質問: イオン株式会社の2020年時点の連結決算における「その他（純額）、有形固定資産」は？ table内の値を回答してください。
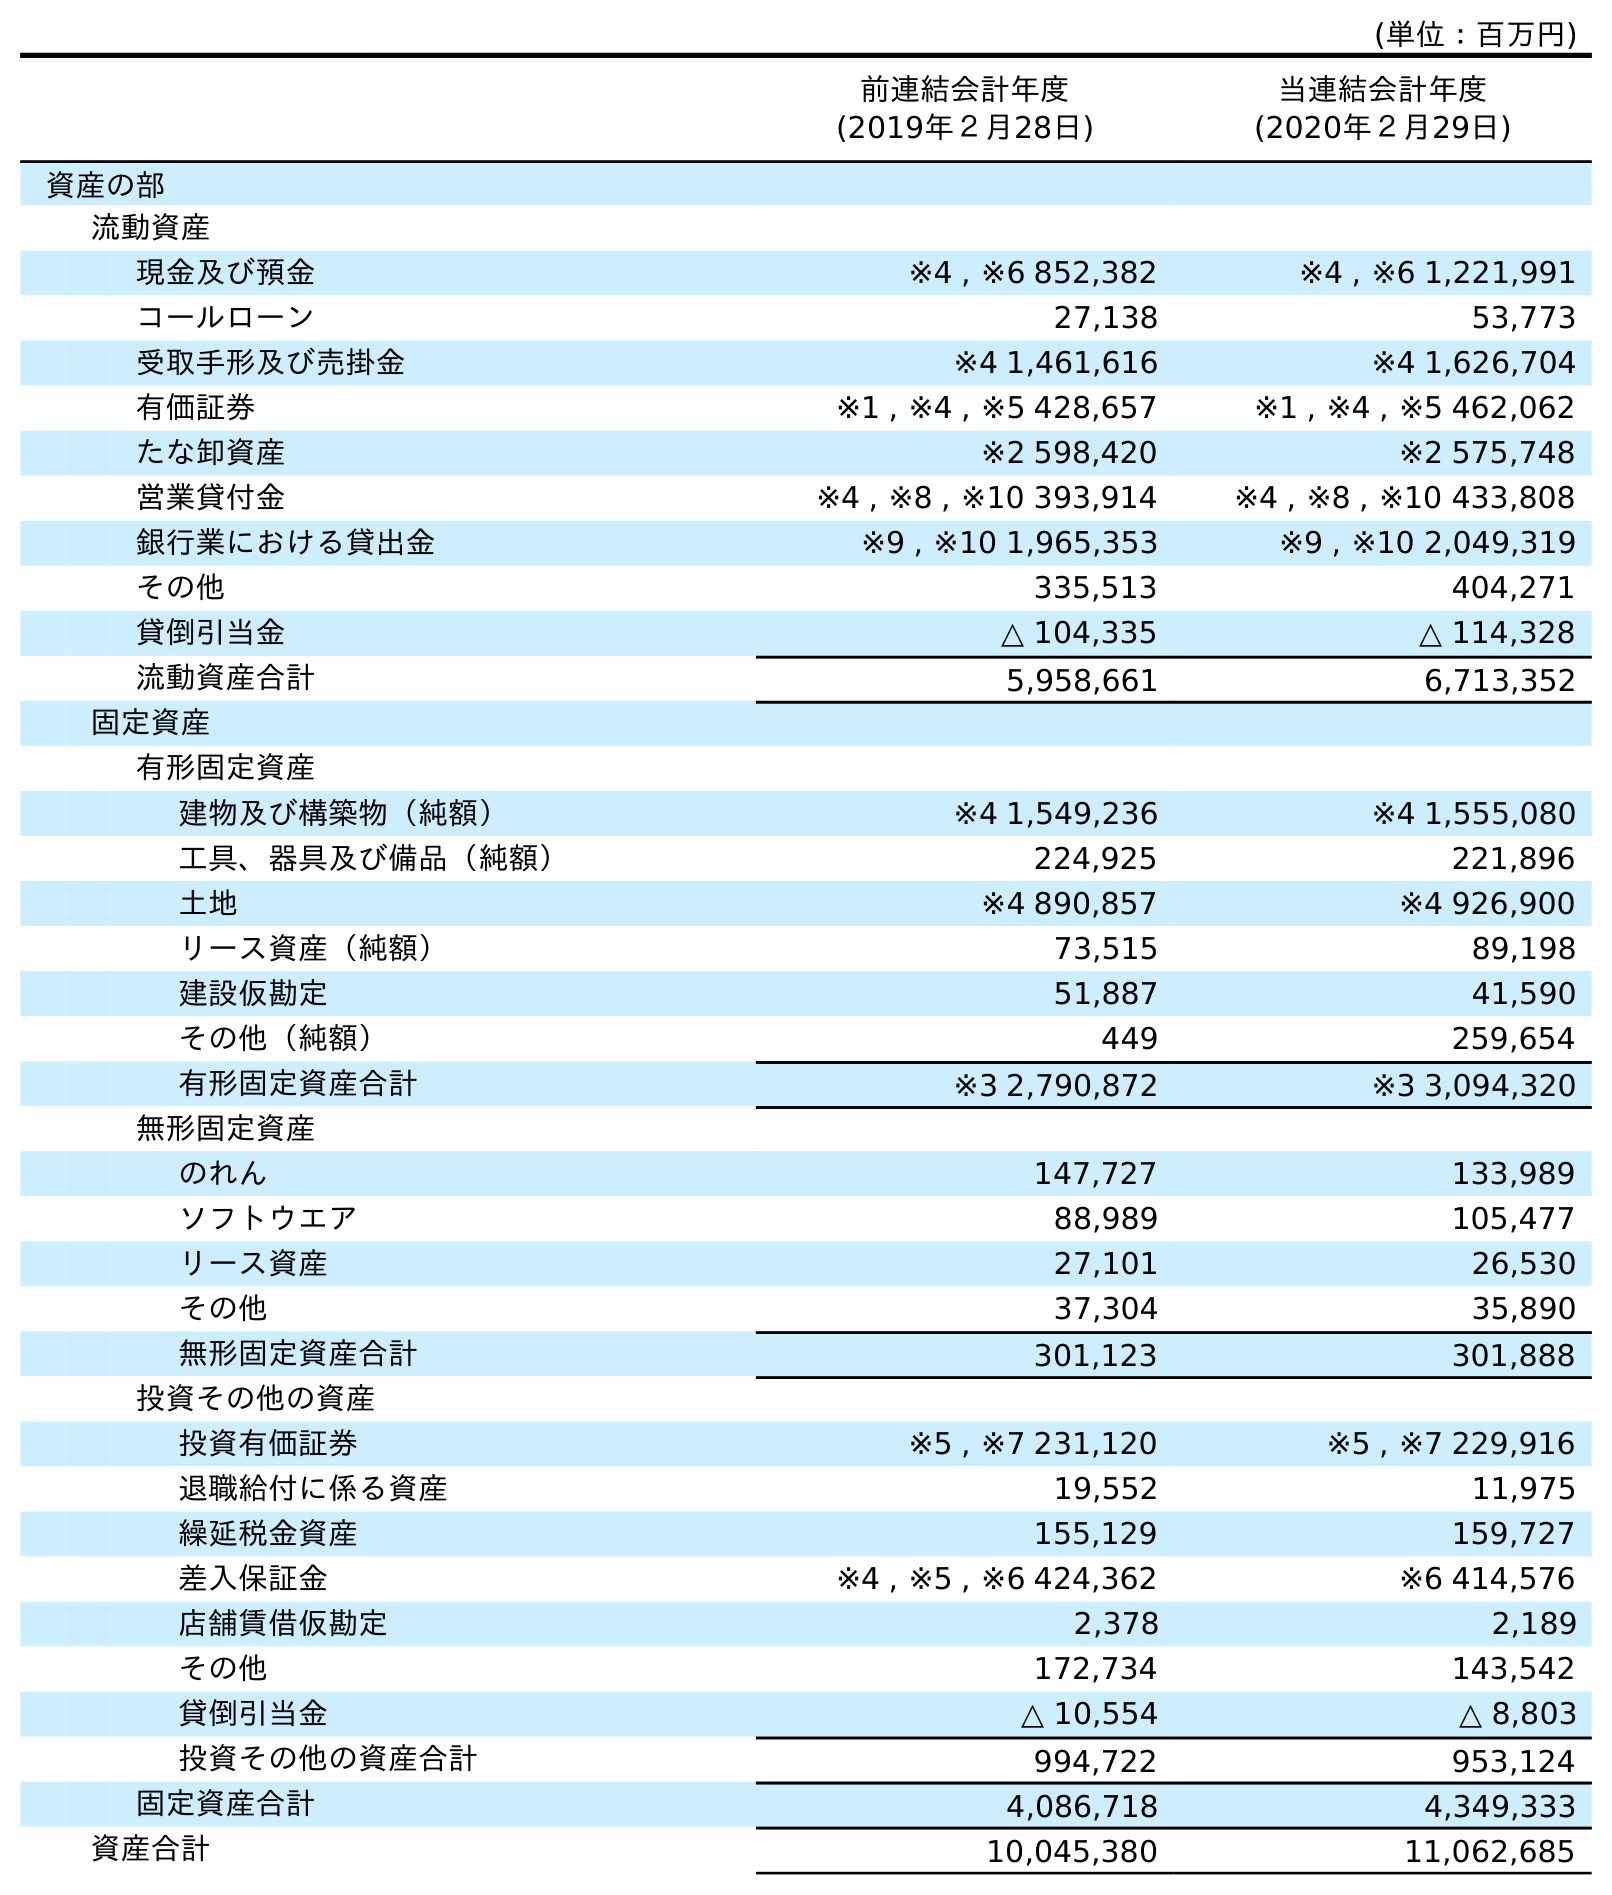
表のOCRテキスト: (単位：百万円) 前連結会計年度 (2019年２月28日) 当連結会計年度 (2020年２月29日) 資産の部 流動資産 現金及び預金 ※4 , ※6 852,382 ※4 , ※6 1,221,991 コールローン 27,138 53,773 受取手形及び売掛金 ※4 1,461,616 ※4 1,626,704 有価証券 ※1 , ※4 , ※5 428,657 ※1 , ※4 , ※5 462,062 たな卸資産 ※2 598,420 ※2 575,748 営業貸付金 ※4 , ※8 , ※10 393,914 ※4 , ※8 , ※10 433,808 銀行業における貸出金 ※9 , ※10 1,965,353 ※9 , ※10 2,049,319 その他 335,513 404,271 貸倒引当金 △ 104,335 △ 114,328 流動資産合計 5,958,661 6,713,352 固定資産 有形固定資産 建物及び構築物（純額） ※4 1,549,236 ※4 1,555,080 工具、器具及び備品（純額） 224,925 221,896 土地 ※4 890,857 ※4 926,900 リース資産（純額） 73,515 89,198 建設仮勘定 51,887 41,590 その他（純額） 449 259,654 有形固定資産合計 ※3 2,790,872 ※3 3,094,320 無形固定資産 のれん 147,727 133,989 ソフトウエア 88,989 105,477 リース資産 27,101 26,530 その他 37,304 35,890 無形固定資産合計 301,123 301,888 投資その他の資産 投資有価証券 ※5 , ※7 231,120 ※5 , ※7 229,916 退職給付に係る資産 19,552 11,975 繰延税金資産 155,129 159,727 差入保証金 ※4 , ※5 , ※6 424,362 ※6 414,576 店舗賃借仮勘定 2,378 2,189 その他 172,734 143,542 貸倒引当金 △ 10,554 △ 8,803 投資その他の資産合計 994,722 953,124 固定資産合計 4,086,718 4,349,333 資産合計 10,045,380 11,062,685
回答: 259,654